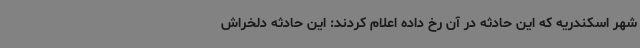
شهر اسکندریه که این حادثه در آن رخ داده اعلام کردند: این حادثه‌ دلخراش